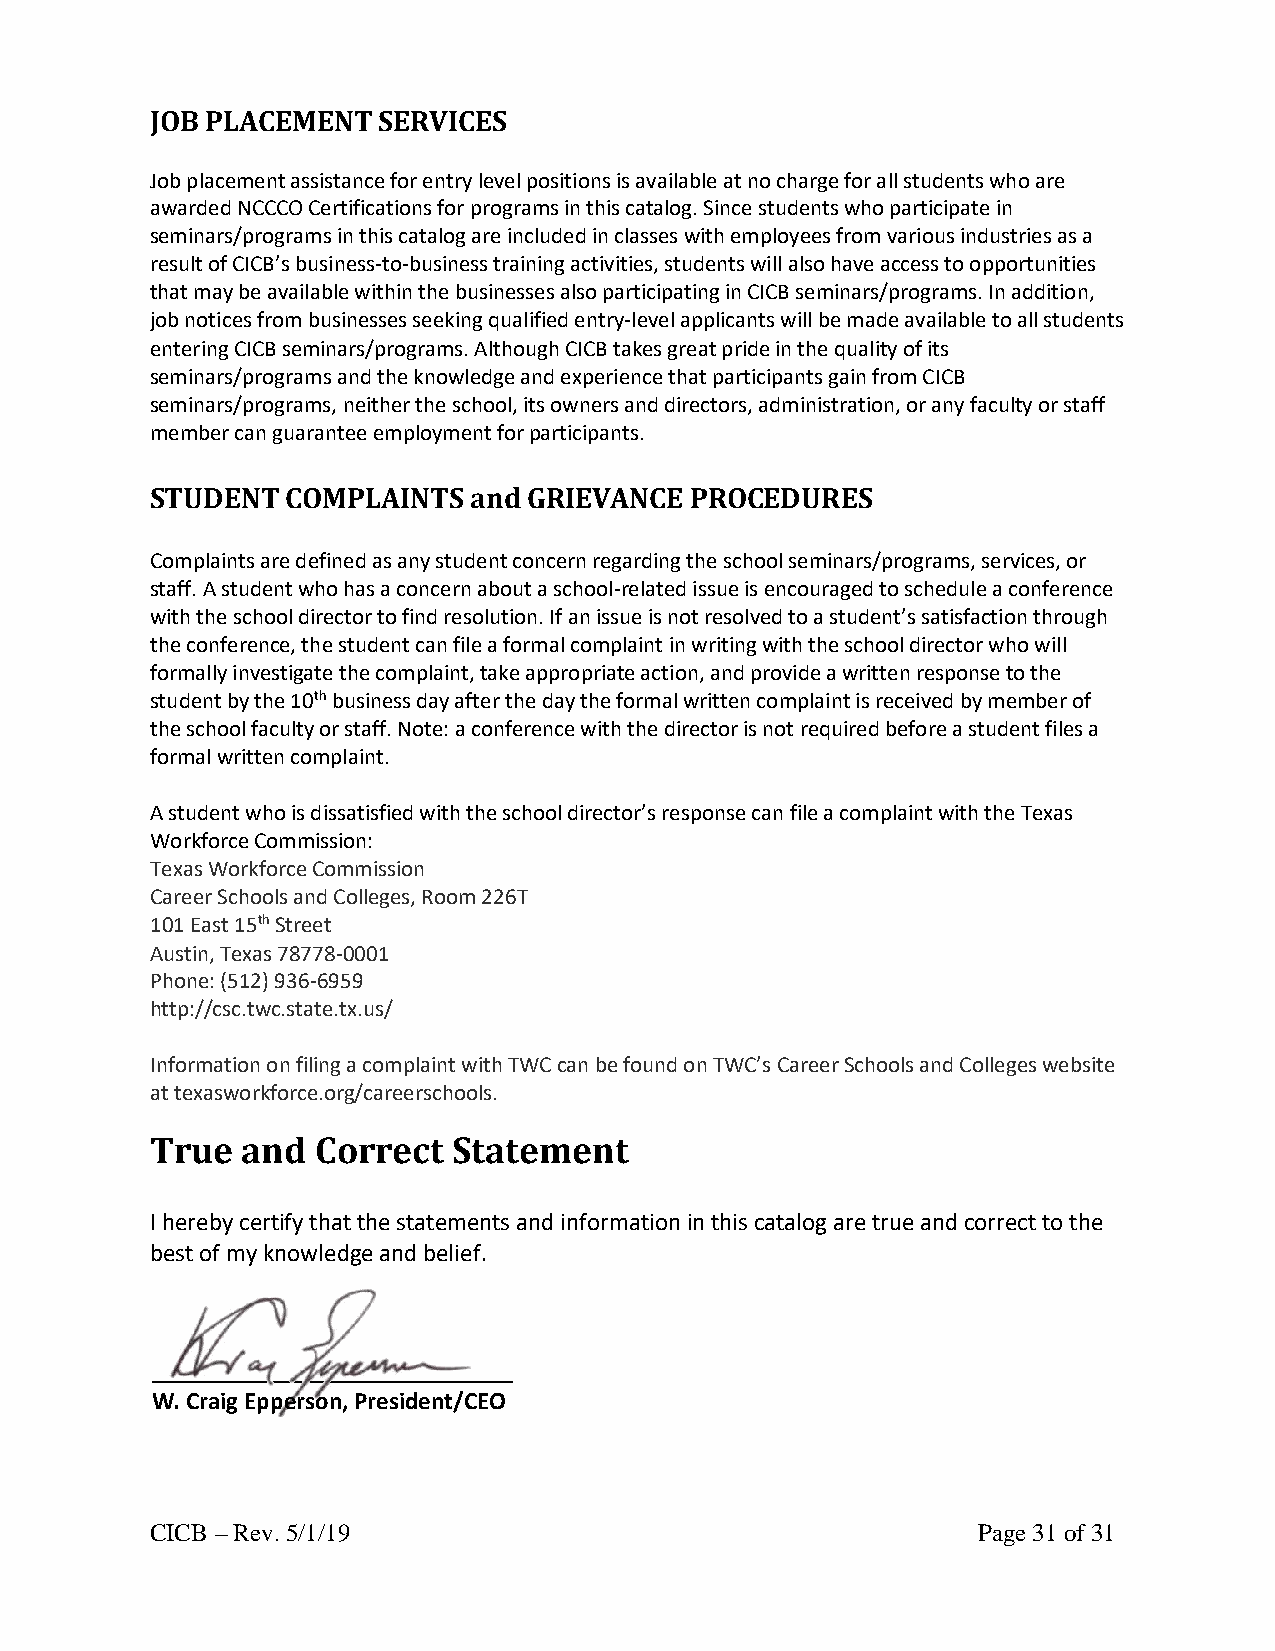
JOB PLACEMENT  SERVICES
 Job placement assistance for entry level positions is available at no charge for all students who are
 awarded NCCCO Certifications for programs in this catalog. Since students who participate in
 seminars/programs in this catalog are included in classes with employees from various industries as a
 result of CICB’s business-to-business training activities, students will also have access to opportunities
 that may be available within the businesses also participating in CICB seminars/programs. In addition,
 job notices from businesses seeking qualified entry-level applicants will be made available to all students
 entering CICB seminars/programs. Although CICB takes great pride in the quality of its
 seminars/programs and the knowledge and experience that participants gain from CICB
 seminars/programs, neither the school, its owners and directors, administration, or any faculty or staff
 member can guarantee employment for participants.
 STUDENT  COMPLAINTS  and GRIEVANCE  PROCEDURES
 Complaints are defined as any student concern regarding the school seminars/programs, services, or
 staff. A student who has a concern about a school-related issue is encouraged to schedule a conference
 with the school director to find resolution. If an issue is not resolved to a student’s satisfaction through
 the conference, the student can file a formal complaint in writing with the school director who will
 formally investigate the complaint, take appropriate action, and provide a written response to the
 student by the 10th business day after the day the formal written complaint is received by member of
 the school faculty or staff. Note: a conference with the director is not required before a student files a
 formal written complaint.
 A student who is dissatisfied with the school director’s response can file a complaint with the Texas
 Workforce Commission:
 Texas Workforce Commission
 Career Schools and Colleges, Room 226T
 101 East 15th Street
 Austin, Texas 78778-0001
 Phone: (512) 936-6959
 http://csc.twc.state.tx.us/
 Information on filing a complaint with TWC can be found on TWC’s Career Schools and Colleges website
 at texasworkforce.org/careerschools.
 True  and  Correct  Statement
 I hereby certify that the statements and information in this catalog are true and correct to the
 best of my knowledge and belief.
 W. Craig Epperson, President/CEO
 CICB – Rev. 5/1/19                                     Page 31 of 31